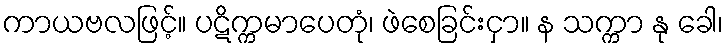
ကာယဗလဖြင့်။ ပဋိက္ကမာပေတုံ၊ ဖဲစေခြင်းငှာ။ န သက္ကာ နု ခေါ၊